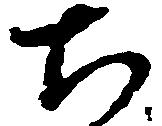
ち